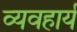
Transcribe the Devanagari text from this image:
व्‍यवहार्य